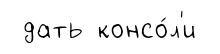
дать консо́л'и